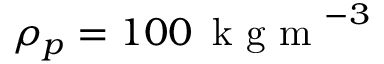
\rho _ { p } = 1 0 0 \, \mathrm { ~ k ~ g ~ m ~ } ^ { - 3 }